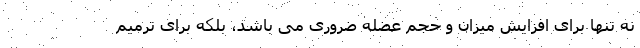
نه تنها برای افزایش میزان و حجم عضله ضروری می باشد، بلکه برای ترمیم